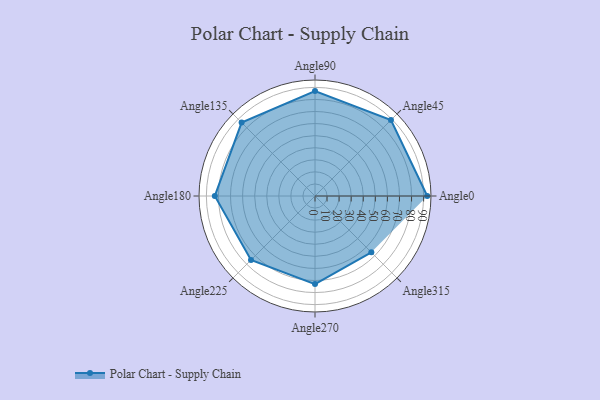
{"axis": {"x": "Angle", "y": "Radius"}, "legend": [""], "data": [{"x": "Angle0", "y": 93.0, "type": ""}, {"x": "Angle45", "y": 89.0, "type": ""}, {"x": "Angle90", "y": 87.0, "type": ""}, {"x": "Angle135", "y": 86.0, "type": ""}, {"x": "Angle180", "y": 83.0, "type": ""}, {"x": "Angle225", "y": 75.0, "type": ""}, {"x": "Angle270", "y": 73.0, "type": ""}, {"x": "Angle315", "y": 66.0, "type": ""}]}